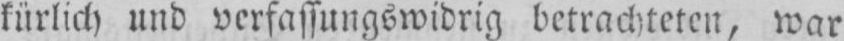
kürlich und verfassungswidrig betrachteten, war